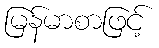
မြန်မာစာဖြင့်